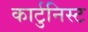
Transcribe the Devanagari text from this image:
कार्टुनिस्ट